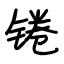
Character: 锩